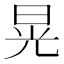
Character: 晃